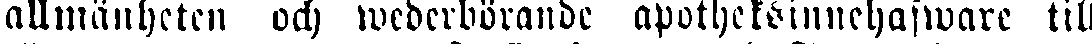
allmänheten och wederbörande apotheksinnehafware till